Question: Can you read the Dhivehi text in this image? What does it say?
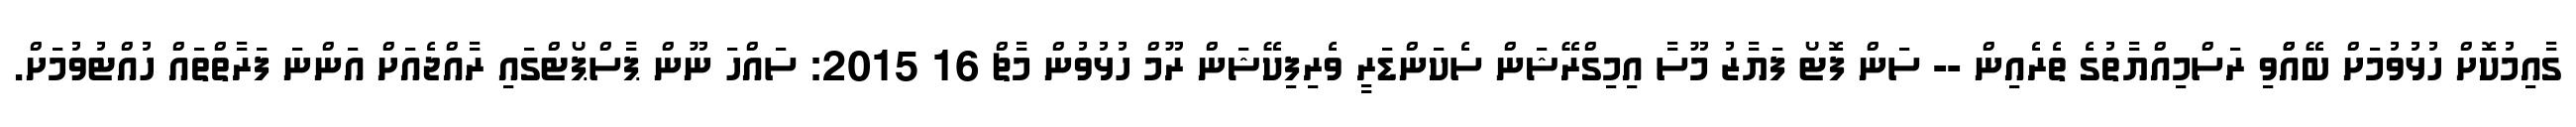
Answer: ގާއިމުކޮށް ހުޅުވުމަށް ބޭއްްވި ރަސްމިއްޔާތުގެ ތެރެއިން -- ސަން ފޮޓޯ ފަޔާޒު މޫސާ އިމިގްރޭޝަން ސެކަންޑަރީ ވެރިފިކޭޝަން ރޫމް ހުޅުވުން މާޗް 16 2015: ސައްހަ ނޫން ޕާސްޕޯޓްގައި ރާއްޖެއަށް އަންނަ ފަރާތްތައް ހުއްޓުވުމަށް.